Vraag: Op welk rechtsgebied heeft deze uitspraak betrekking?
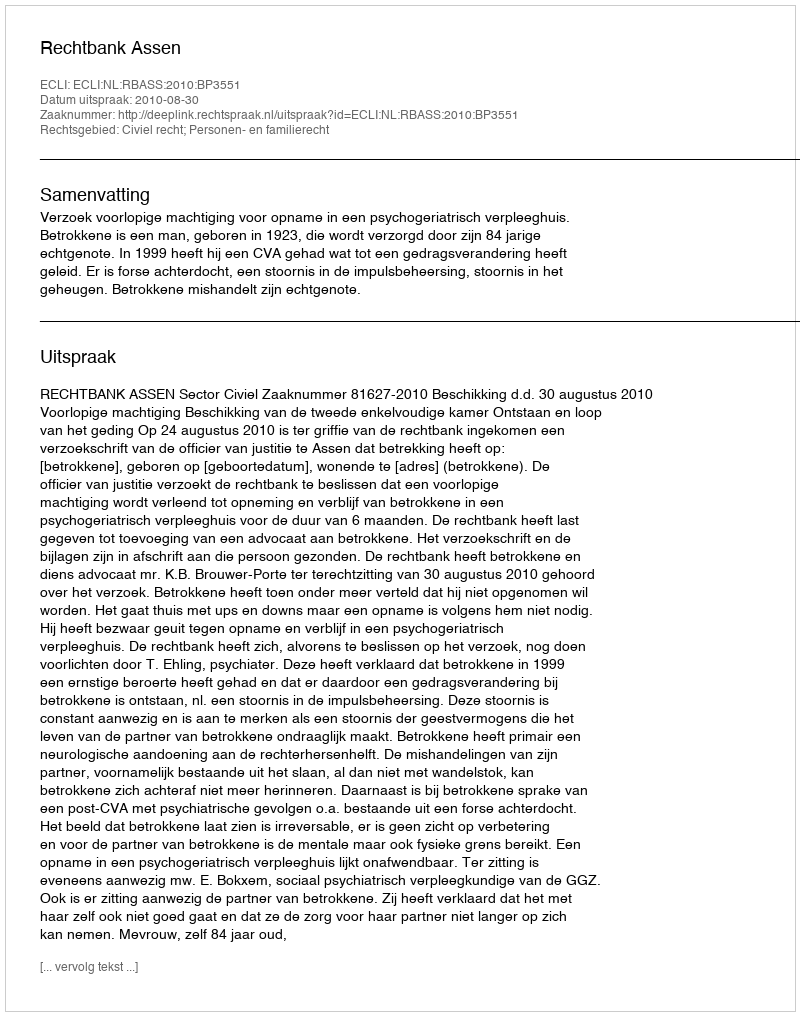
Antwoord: Civiel recht; Personen- en familierecht